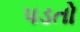
પડતો